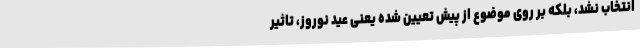
انتخاب نشد، بلکه بر روی موضوع از پیش تعیین شده یعنی عید نوروز، تاثیر